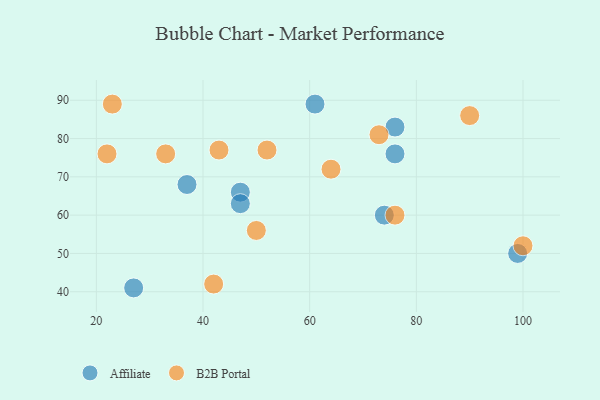
{"axis": {"x": "GDP", "y": "Life Expectancy"}, "legend": ["Affiliate", "B2B Portal"], "data": [{"x": "27", "y": 41, "type": "Affiliate"}, {"x": "61", "y": 89, "type": "Affiliate"}, {"x": "76", "y": 83, "type": "Affiliate"}, {"x": "47", "y": 66, "type": "Affiliate"}, {"x": "47", "y": 63, "type": "Affiliate"}, {"x": "37", "y": 68, "type": "Affiliate"}, {"x": "74", "y": 60, "type": "Affiliate"}, {"x": "99", "y": 50, "type": "Affiliate"}, {"x": "76", "y": 76, "type": "Affiliate"}, {"x": "43", "y": 77, "type": "B2B Portal"}, {"x": "22", "y": 76, "type": "B2B Portal"}, {"x": "52", "y": 77, "type": "B2B Portal"}, {"x": "33", "y": 76, "type": "B2B Portal"}, {"x": "76", "y": 60, "type": "B2B Portal"}, {"x": "64", "y": 72, "type": "B2B Portal"}, {"x": "23", "y": 89, "type": "B2B Portal"}, {"x": "42", "y": 42, "type": "B2B Portal"}, {"x": "100", "y": 52, "type": "B2B Portal"}, {"x": "50", "y": 56, "type": "B2B Portal"}, {"x": "90", "y": 86, "type": "B2B Portal"}, {"x": "73", "y": 81, "type": "B2B Portal"}]}